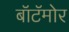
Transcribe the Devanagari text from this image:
बॉटॅमोर